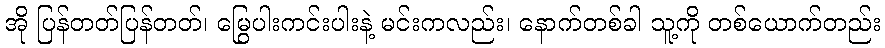
အို ပြန်တတ်ပြန်တတ်၊ မြွေပါးကင်းပါးနဲ့ မင်းကလည်း၊ နောက်တစ်ခါ သူ့ကို တစ်ယောက်တည်း